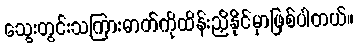
သွေးတွင်းသကြားဓာတ်ကိုထိန်းညှိနိုင်မှာဖြစ်ပါတယ်။